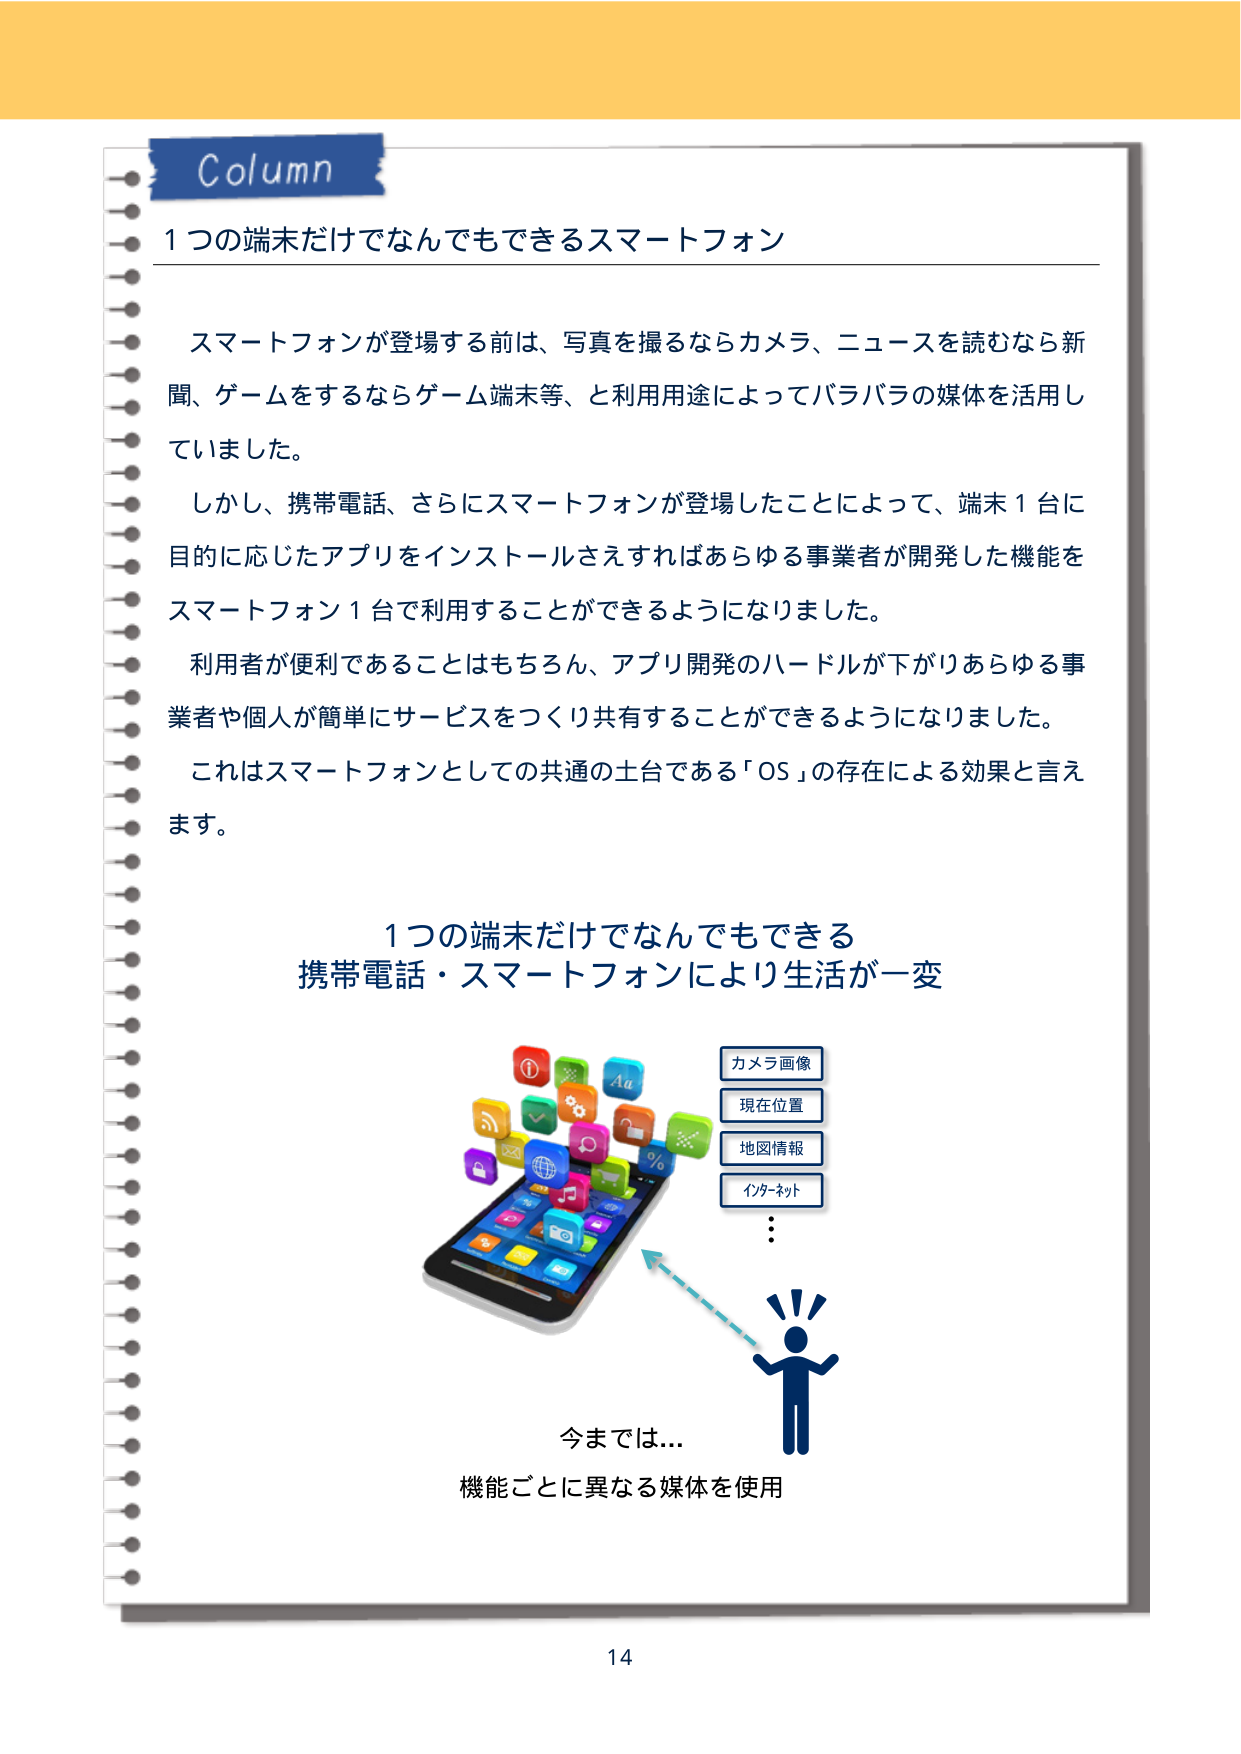
Column
1つの端末だけでなんでもできるスマートフォン

スマートフォンが登場する前は、写真を撮るならカメラ、ニュースを読むなら新聞、ゲームをするならゲーム端末等、と利用用途によってバラバラの媒体を活用していました。
しかし、携帯電話、さらにスマートフォンが登場したことによって、端末1台に目的に応じたアプリをインストールさえすればあらゆる事業者が開発した機能をスマートフォン1台で利用することができるようになりました。
利用者が便利であることはもちろん、アプリ開発のハードルが下がりあらゆる事業者や個人が簡単にサービスをつくり共有することができるようになりました。
これはスマートフォンとしての共通の土台である「OS」の存在による効果と言えます。

1つの端末だけでなんでもできる
携帯電話・スマートフォンにより生活が一変

カメラ画像
現在位置
地図情報
インターネット
…

今までは…
機能ごとに異なる媒体を使用

14